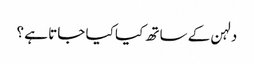
دلہن کے ساتھ کیا کیا جاتا ہے ؟